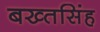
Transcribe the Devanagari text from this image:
बख्तसिंह